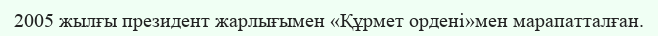
2005 жылғы президент жарлығымен «Құрмет ордені»мен марапатталған.